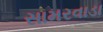
સામરવાડા